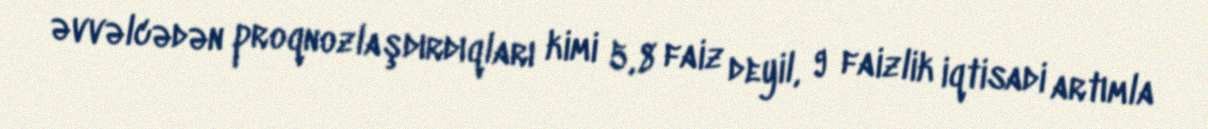
əvvəlcədən proqnozlaşdırdıqları kimi 5,8 faiz deyil, 9 faizlik iqtisadi artımla